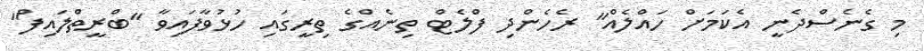
މި ގެނެސްދެނީ އެކަމަށް ހައްލެއް" ރެހެންދި ފްލެޓް ތިނެއްގެ ތިރީގައި ހުޅުވާފައިވާ "ބްރީތްލައިފް"